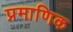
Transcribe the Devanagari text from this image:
प्रमाणिक